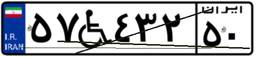
۵۷W۴۳۲۵۰